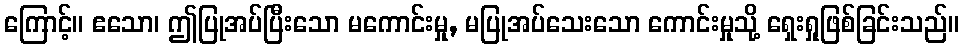
ကြောင့်။ ဧသော၊ ဤပြုအပ်ပြီးသော မကောင်းမှု, မပြုအပ်သေးသော ကောင်းမှုသို့ ရှေးရှုဖြစ်ခြင်းသည်။